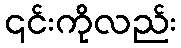
၎င်းကိုလည်း